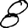
Digit: 8